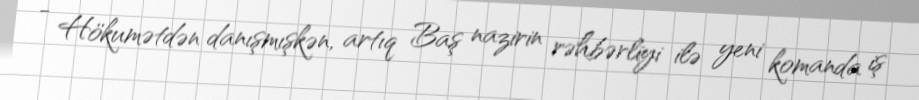
- Hökumətdən danışmışkən, artıq Baş nazirin rəhbərliyi ilə yeni komanda iş